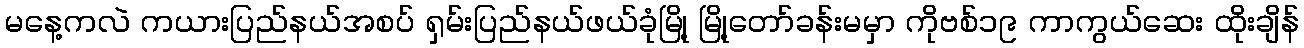
မနေ့ကလဲ ကယားပြည်နယ်အစပ် ရှမ်းပြည်နယ်ဖယ်ခုံမြို့ မြို့တော်ခန်းမမှာ ကိုဗစ်၁၉ ကာကွယ်ဆေး ထိုးချိန်